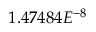
1 . 4 7 4 8 4 E ^ { - 8 }